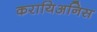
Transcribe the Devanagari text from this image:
करायिअनिस